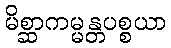
မိစ္ဆာကမ္မန္တပစ္စယာ